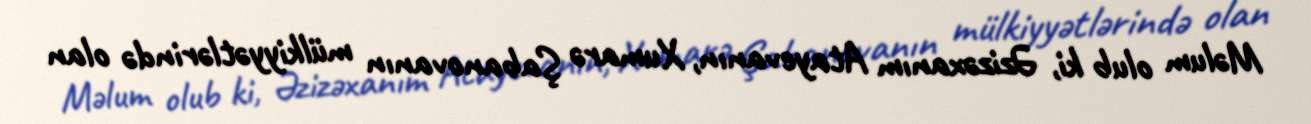
Məlum olub ki, Əzizəxanım Atayevanın, Xumarə Şabanovanın mülkiyyətlərində olan